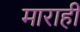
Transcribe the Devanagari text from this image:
माराही